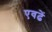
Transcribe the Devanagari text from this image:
एवढें